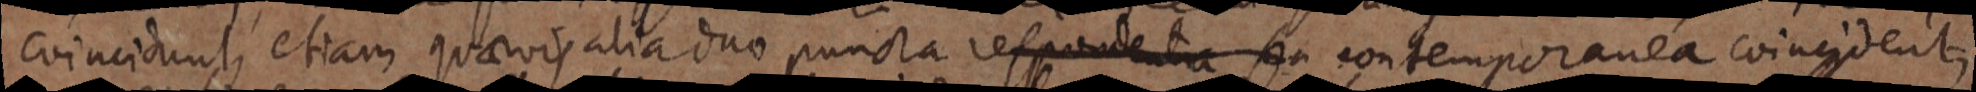
coincidunt, etiam quaevis alia duo puncta respondenta seu contemporanea coincidentus